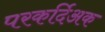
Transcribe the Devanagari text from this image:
परकर्दिअक